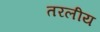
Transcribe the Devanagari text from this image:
तरलीय